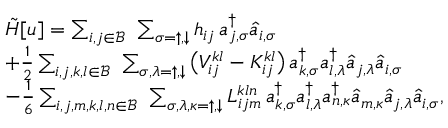
\begin{array} { r l } & { \tilde { H } [ u ] = \sum _ { i , j \in \mathcal { B } } \, \, \sum _ { \sigma = \uparrow , \downarrow } h _ { i j } \, a _ { j , \sigma } ^ { \dagger } \hat { a } _ { i , \sigma } } \\ & { + \frac { 1 } { 2 } \sum _ { i , j , k , l \in \mathcal { B } } \, \, \sum _ { \sigma , \lambda = \uparrow , \downarrow } \big ( V _ { i j } ^ { k l } - { K } _ { i j } ^ { k l } \big ) \, a _ { k , \sigma } ^ { \dagger } a _ { l , \lambda } ^ { \dagger } \hat { a } _ { j , \lambda } \hat { a } _ { i , \sigma } } \\ & { - \frac { 1 } { 6 } \sum _ { i , j , m , k , l , n \in \mathcal { B } } \, \, \sum _ { \sigma , \lambda , \kappa = \uparrow , \downarrow } { L } _ { i j m } ^ { k l n } \, a _ { k , \sigma } ^ { \dagger } a _ { l , \lambda } ^ { \dagger } a _ { n , \kappa } ^ { \dagger } \hat { a } _ { m , \kappa } \hat { a } _ { j , \lambda } \hat { a } _ { i , \sigma } , } \end{array}